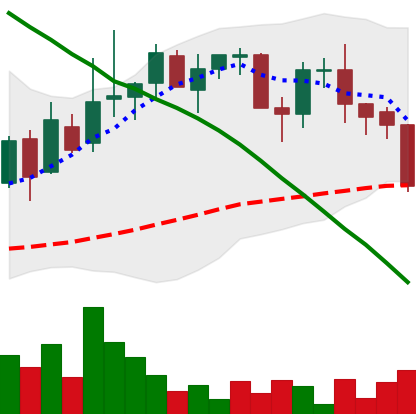
Ticker: LINK-USD
Chart end date: 2018-09-05
Forward return: -7.775%
Label: down_7plus